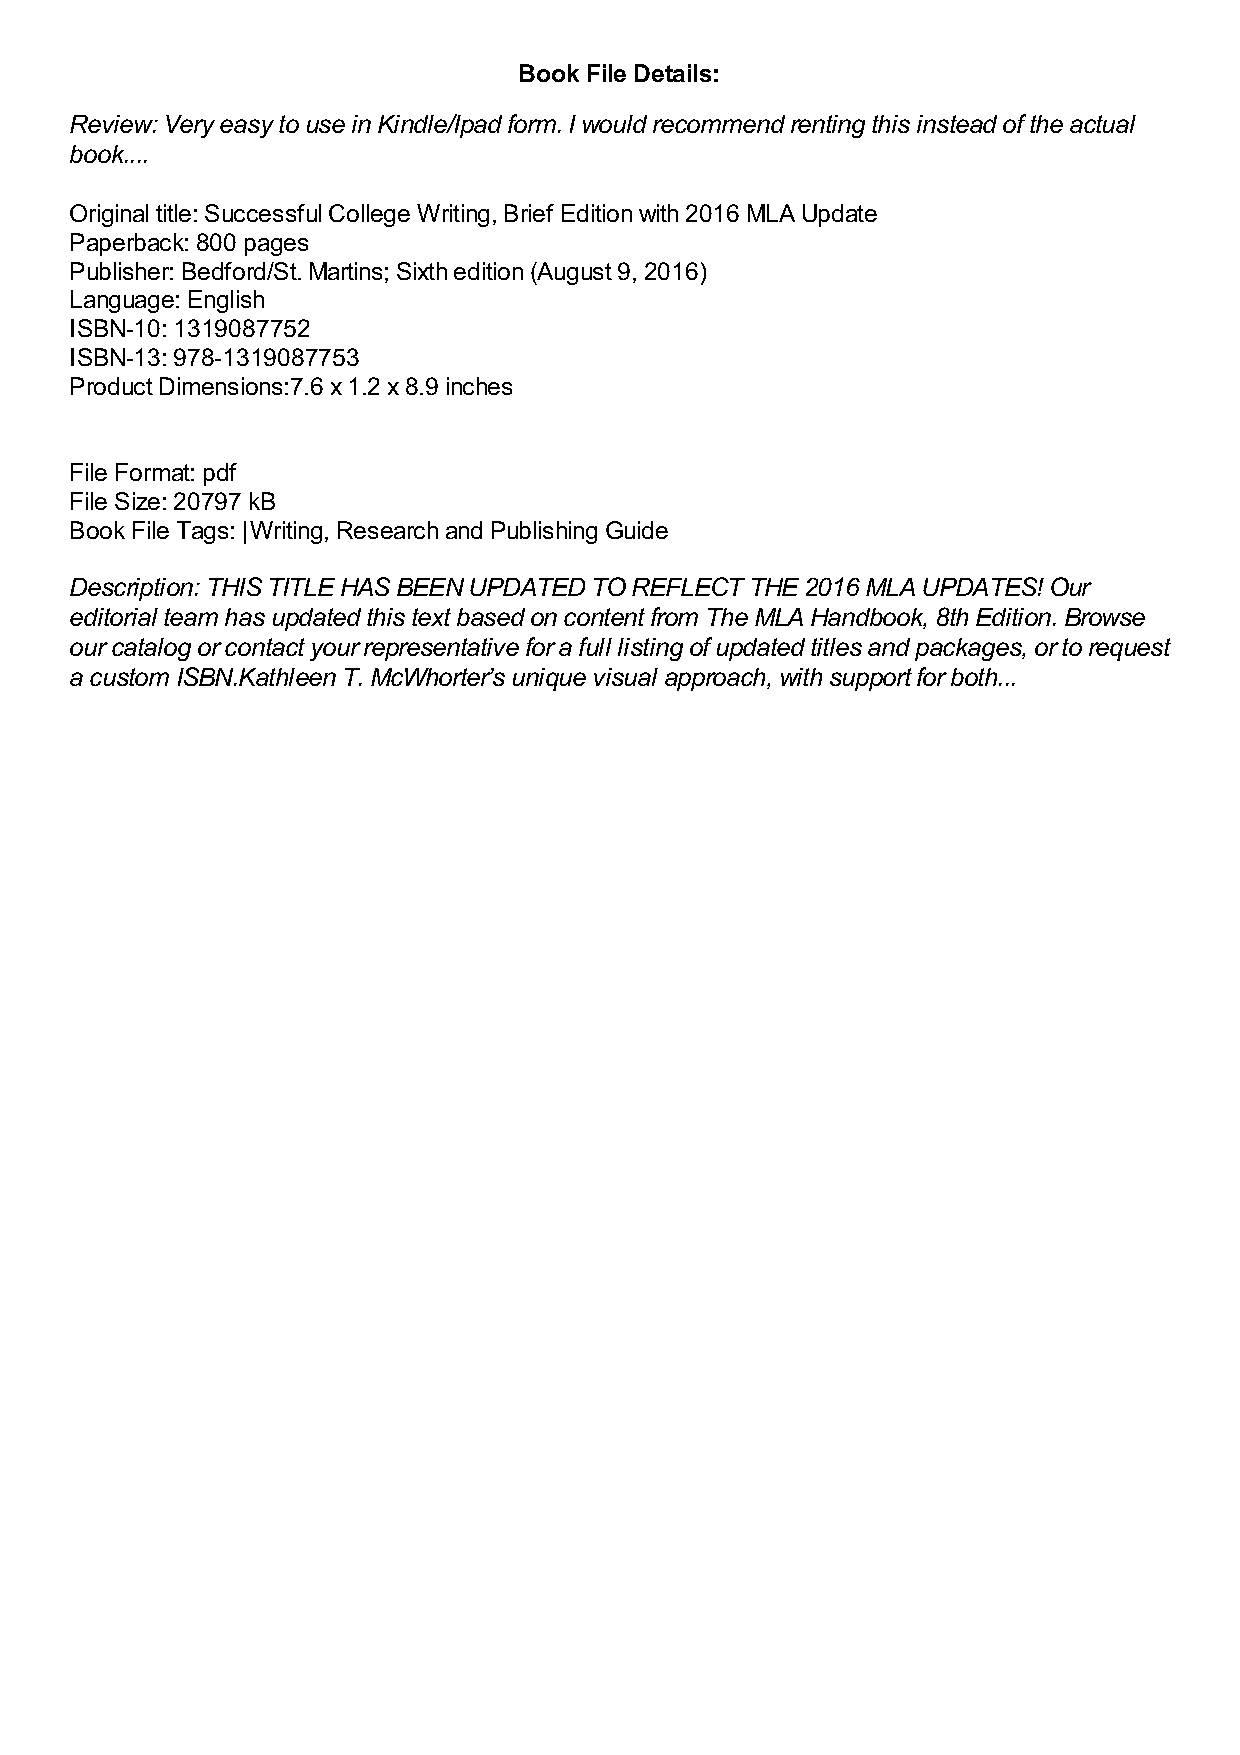
Book File Details:
 Review: Very easy to use in Kindle/Ipad form. I would recommend renting this instead of the actual
 book....
 Original title: Successful College Writing, Brief Edition with 2016 MLA Update
 Paperback: 800 pages
 Publisher: Bedford/St. Martins; Sixth edition (August 9, 2016)
 Language: English
 ISBN-10: 1319087752
 ISBN-13: 978-1319087753
 Product Dimensions:7.6 x 1.2 x 8.9 inches
 File Format: pdf
 File Size: 20797 kB
 Book File Tags: |Writing, Research and Publishing Guide
 Description: THIS TITLE HAS BEEN UPDATED TO REFLECT THE 2016 MLA UPDATES! Our
 editorial team has updated this text based on content from The MLA Handbook, 8th Edition. Browse
 our catalog or contact your representative for a full listing of updated titles and packages, or to request
 a custom ISBN.Kathleen T. McWhorter’s unique visual approach, with support for both...